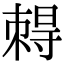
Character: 𡭂